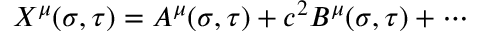
X ^ { \mu } ( { \sigma } , { \tau } ) = A ^ { \mu } ( { \sigma } , { \tau } ) + c ^ { 2 } B ^ { \mu } ( { \sigma } , { \tau } ) + \cdots